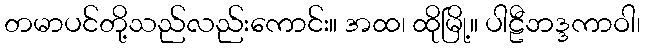
တမာပင်တို့သည်လည်းကောင်း။ အထ၊ ထိုမြို့။ ပါဠီဘဒ္ဒကာဝါ၊